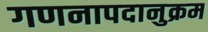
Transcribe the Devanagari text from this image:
गणनापदानुक्रम